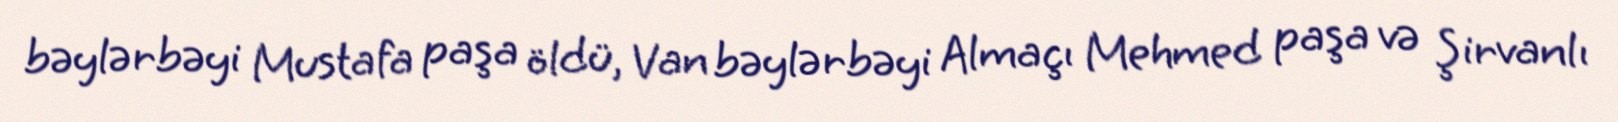
bəylərbəyi Mustafa paşa öldü, Van bəylərbəyi Almaçı Mehmed paşa və Şirvanlı